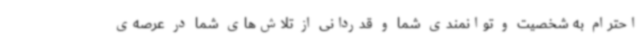
احترام به شخصیت و توانمندی شما و قدردانی از تلاش‌های شما در عرصه‌ی